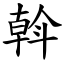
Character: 斡